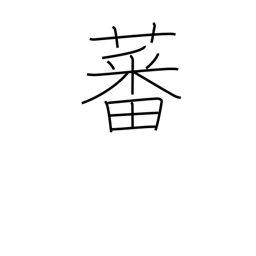
Meaning: grow luxuriously